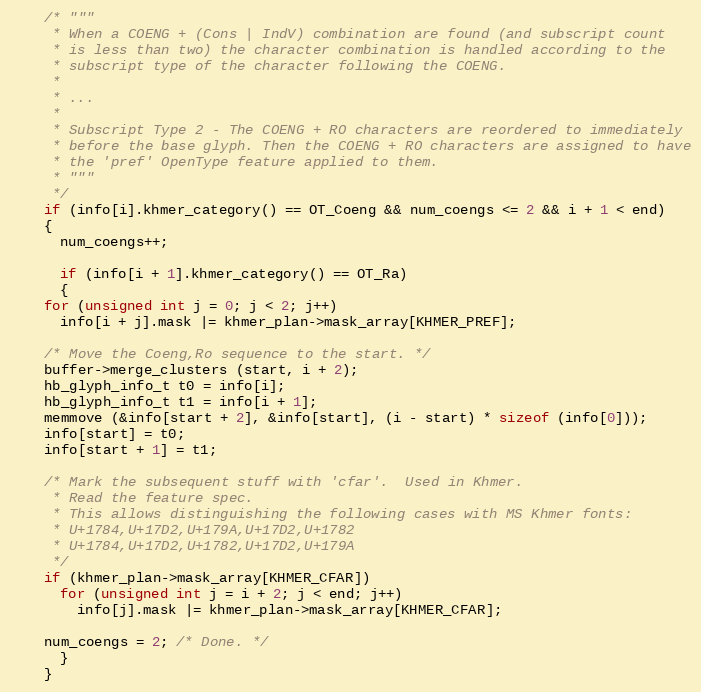
Language: C++
    /* """
     * When a COENG + (Cons | IndV) combination are found (and subscript count
     * is less than two) the character combination is handled according to the
     * subscript type of the character following the COENG.
     *
     * ...
     *
     * Subscript Type 2 - The COENG + RO characters are reordered to immediately
     * before the base glyph. Then the COENG + RO characters are assigned to have
     * the 'pref' OpenType feature applied to them.
     * """
     */
    if (info[i].khmer_category() == OT_Coeng && num_coengs <= 2 && i + 1 < end)
    {
      num_coengs++;

      if (info[i + 1].khmer_category() == OT_Ra)
      {
	for (unsigned int j = 0; j < 2; j++)
	  info[i + j].mask |= khmer_plan->mask_array[KHMER_PREF];

	/* Move the Coeng,Ro sequence to the start. */
	buffer->merge_clusters (start, i + 2);
	hb_glyph_info_t t0 = info[i];
	hb_glyph_info_t t1 = info[i + 1];
	memmove (&info[start + 2], &info[start], (i - start) * sizeof (info[0]));
	info[start] = t0;
	info[start + 1] = t1;

	/* Mark the subsequent stuff with 'cfar'.  Used in Khmer.
	 * Read the feature spec.
	 * This allows distinguishing the following cases with MS Khmer fonts:
	 * U+1784,U+17D2,U+179A,U+17D2,U+1782
	 * U+1784,U+17D2,U+1782,U+17D2,U+179A
	 */
	if (khmer_plan->mask_array[KHMER_CFAR])
	  for (unsigned int j = i + 2; j < end; j++)
	    info[j].mask |= khmer_plan->mask_array[KHMER_CFAR];

	num_coengs = 2; /* Done. */
      }
    }